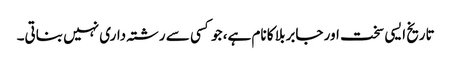
تاریخ ایسی سخت اور جابر بلا کا نام ہے، جو کسی سے رشتہ داری نہیں بناتی۔